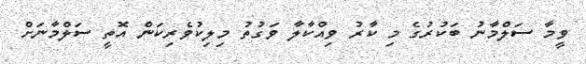
ވީމާ ސަލްމާނު ބަކުރުގެ މި ކާރު ވިއްކާލާ ވަގުތު މިލިކުވެރިކަން އޮތީ ސަލްމާނަށް